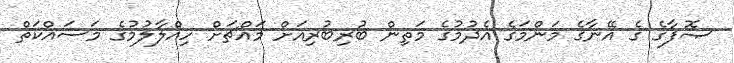
ޞޮފާގެ ގެ އޭނާގެ މަންމަގެ އެދުމުގެ މަތިން ބުރިބުރިއަށް މައްޗަށް ހިއްލާލުމުގެ މަސައްކަތް